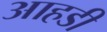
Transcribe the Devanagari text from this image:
आहडी